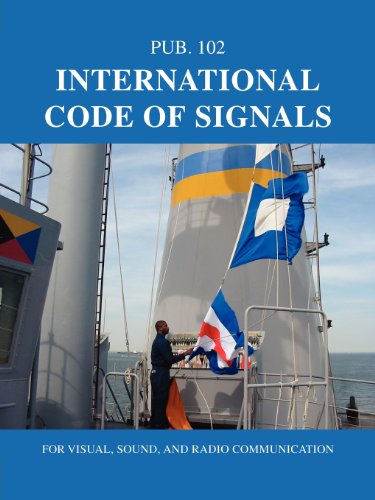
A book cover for International Code of Signals: For Visual, Sound, and Radio Communication; Nima; Engineering & Transportation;